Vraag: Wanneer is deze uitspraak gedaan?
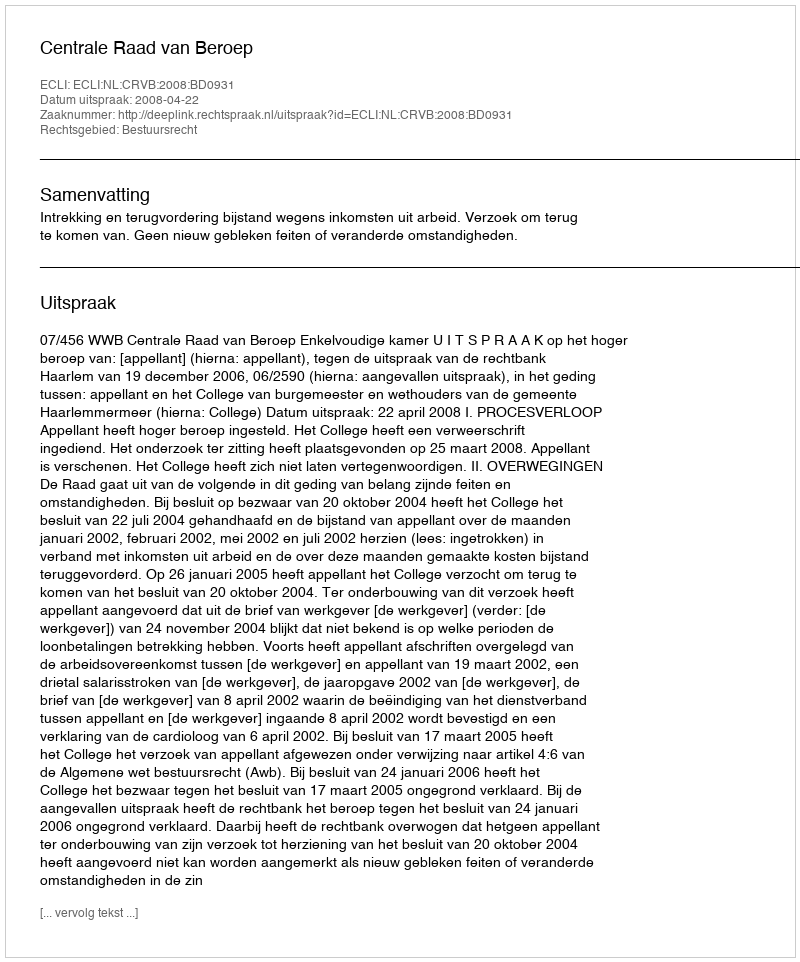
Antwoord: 2008-04-22